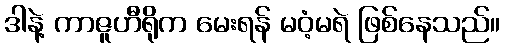
ဒါနဲ့ ကာဇူဟီရိုက မေးရန် မဝံ့မရဲ ဖြစ်နေသည်။